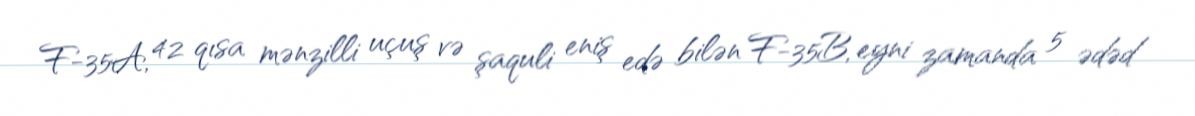
F-35A, 42 qısa mənzilli uçuş və şaquli eniş edə bilən F-35B, eyni zamanda 5 ədəd